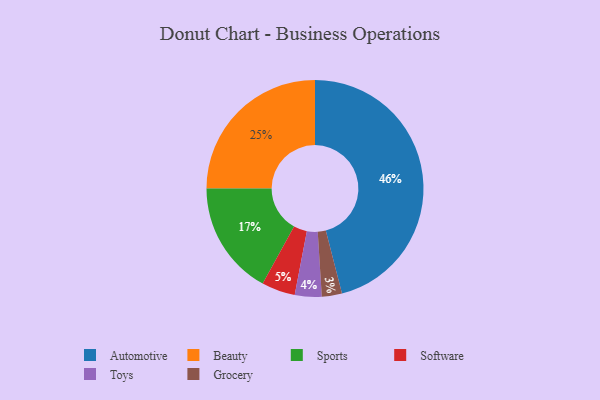
{"axis": {"x": "Category", "y": "Percentage"}, "legend": ["Automotive", "Beauty", "Grocery", "Software", "Sports", "Toys"], "data": [{"x": "Grocery", "y": 3, "type": "Grocery"}, {"x": "Automotive", "y": 46, "type": "Automotive"}, {"x": "Sports", "y": 17, "type": "Sports"}, {"x": "Toys", "y": 4, "type": "Toys"}, {"x": "Software", "y": 5, "type": "Software"}, {"x": "Beauty", "y": 25, "type": "Beauty"}]}